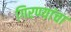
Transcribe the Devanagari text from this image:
गिरण्यांचा